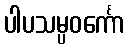
ပါပသမ္ပဝင်္ကော